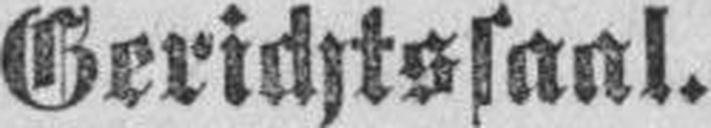
Gerichtssaal.